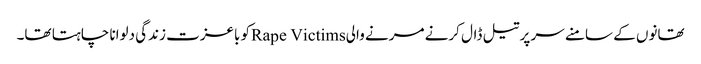
تھانوں کے سامنے سر پر تیل ڈال کرنے مرنے والیRape Victimsکو باعزت زندگی دلوانا چاہتا تھا۔